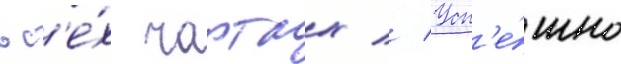
вс'е́х чартах // Усп'е́шно